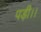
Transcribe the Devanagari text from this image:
पड़ी।।